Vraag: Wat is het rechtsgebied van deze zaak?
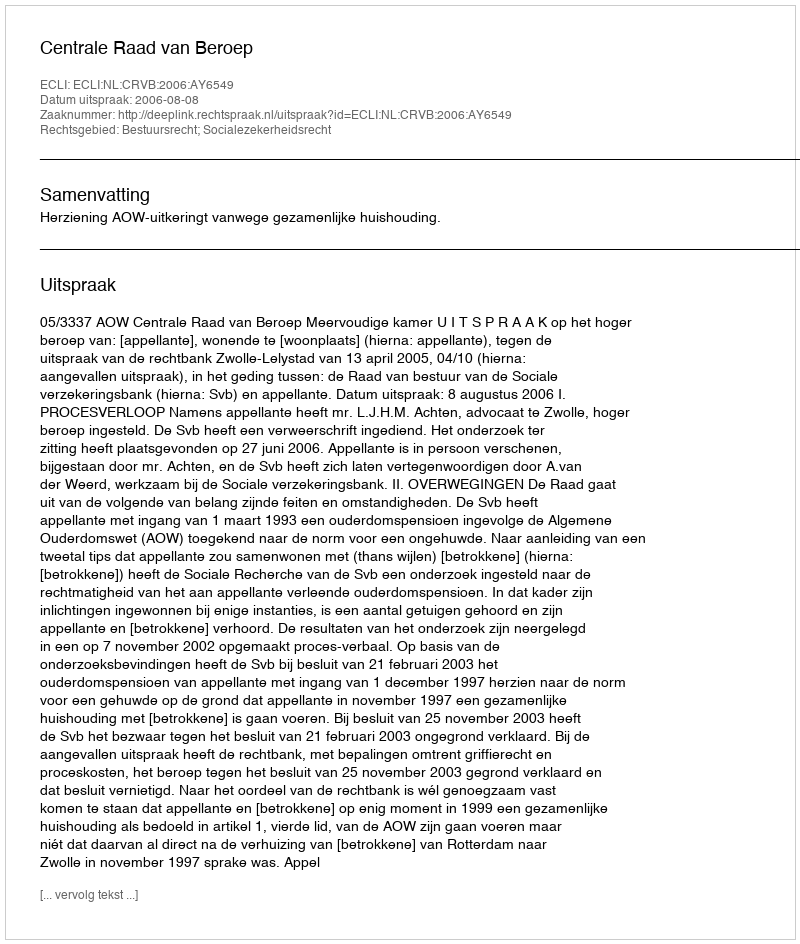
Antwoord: Bestuursrecht; Socialezekerheidsrecht